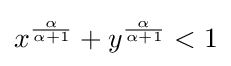
x^{\frac {\alpha }{\alpha +1}}+y^{\frac {\alpha }{\alpha +1}}<1